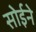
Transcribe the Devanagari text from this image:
सोईने